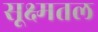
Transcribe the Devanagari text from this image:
सूक्ष्मतल